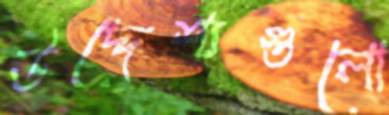
উদ্দেশ্যগুলো